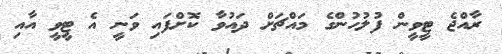
ރާއްޖެ ޓީވީން ފުލުހުންގެ މައްޗަށް ދައުވާ ކޮށްފައި ވަނީ އެ ޓީވީ އާއި